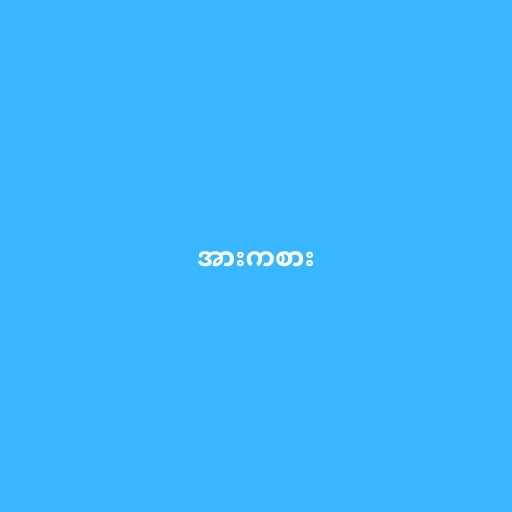
အားကစား